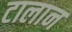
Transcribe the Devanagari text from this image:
टालान